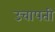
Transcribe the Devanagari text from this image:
उचापती